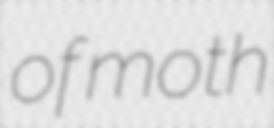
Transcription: of moth